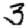
Digit: 3